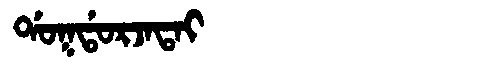
Manchu: ᡩᠣᡴᡩᠣᡵᠵᠠᡨᠠᡳ
Romanization: DOKDORJATAI